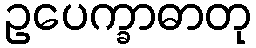
ဥပေက္ခာဓာတု